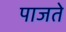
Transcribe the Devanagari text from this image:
पाजते